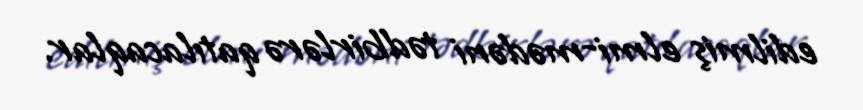
edilmiş elmi-mədəni tədbirlərə qatılacaqlar.